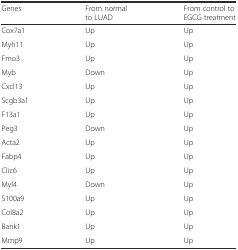
<table><thead><tr><td><b>Genes</b></td><td><b>From normal to LUAD</b></td><td><b>From control to EGCG treatment</b></td></tr></thead><tbody><tr><td>Cox7a1</td><td>Up</td><td>Up</td></tr><tr><td>Myh11</td><td>Up</td><td>Up</td></tr><tr><td>Fmo3</td><td>Up</td><td>Up</td></tr><tr><td>Myb</td><td>Down</td><td>Up</td></tr><tr><td>Cxcl13</td><td>Up</td><td>Up</td></tr><tr><td>Scgb3a1</td><td>Up</td><td>Up</td></tr><tr><td>F13a1</td><td>Up</td><td>Up</td></tr><tr><td>Peg3</td><td>Down</td><td>Up</td></tr><tr><td>Acta2</td><td>Up</td><td>Up</td></tr><tr><td>Fabp4</td><td>Up</td><td>Up</td></tr><tr><td>Clic6</td><td>Up</td><td>Up</td></tr><tr><td>Myl4</td><td>Down</td><td>Up</td></tr><tr><td>S100a9</td><td>Up</td><td>Up</td></tr><tr><td>Col8a2</td><td>Up</td><td>Up</td></tr><tr><td>Bank1</td><td>Up</td><td>Up</td></tr><tr><td>Mmp9</td><td>Up</td><td>Up</td></tr></tbody></table>